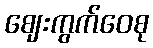
ဈေးကွက်ဝေစု